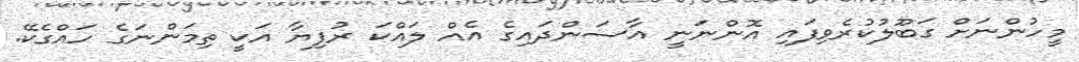
މީހުންނަށް ގަބޫލުކުރެވިފައި އޮންނަނީ އާސަންދައިގެ އެއް ލައްކަ ރުފިޔާ އަކީ ތިމަންނަގެ ހައްގެކޭ.